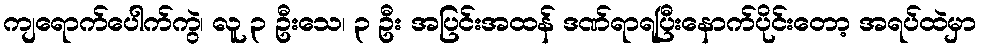
ကျရောက်ပေါက်ကွဲ၊ လူ ၃ ဦးသေ၊ ၃ ဦး အပြင်းအထန် ဒဏ်ရာရပြီးနောက်ပိုင်းတော့ အရပ်ထဲမှာ